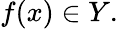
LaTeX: f(x)\in Y.